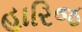
હારિજ